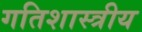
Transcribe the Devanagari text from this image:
गतिशास्त्रीय